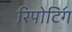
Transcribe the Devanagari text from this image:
रिपोटि॔ंग